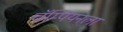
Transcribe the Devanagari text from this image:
चॅम्पियनला